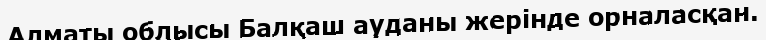
Алматы облысы Балқаш ауданы жерінде орналасқан.